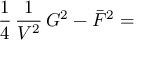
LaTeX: \frac { 1 } { 4 } \, \frac { 1 } { V ^ { 2 } } \, G ^ { 2 } - \bar { F } ^ { 2 } =